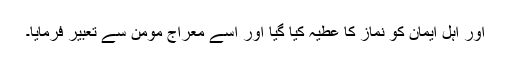
اور اہل ایمان کو نماز کا عطیہ کیا گیا اور اسے معراج مومن سے تعبیر فرمایا۔